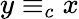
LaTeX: y\equiv_{c}x